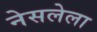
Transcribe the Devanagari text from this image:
नेसलेला